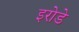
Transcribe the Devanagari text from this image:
इरोडे